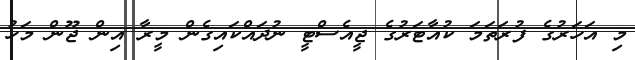
މި އަހަރުގެ ފުރަތަމަ ކުއާޓަރުގެ ޖީއެސްޓީ ނުދައްކައިގެން މީރާ އިން ޖޫން މަހު